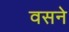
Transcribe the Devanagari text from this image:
वसने